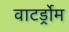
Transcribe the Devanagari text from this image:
वाटर्ड्रोम